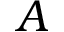
A